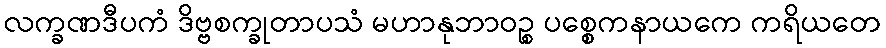
လက္ခဏဒီပကံ ဒိဗ္ဗစက္ခုတာပသံ မဟာနုဘာဝဉ္စ ပစ္စေကနာယကေ ကရိယတေ